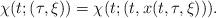
LaTeX: \begin{align*}\chi(t;(\tau,\xi))=\chi(t;(t,x(t,\tau,\xi))).\end{align*}